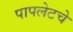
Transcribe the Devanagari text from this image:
पापलेटचे